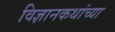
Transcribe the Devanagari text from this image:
विज्ञानकथांच्या